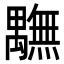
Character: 𮂭